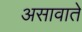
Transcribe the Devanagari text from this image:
असावाते